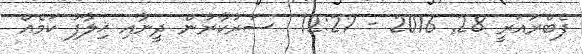
ފެބްރުއަރީ 28